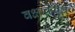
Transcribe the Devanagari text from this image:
वक्षावरील